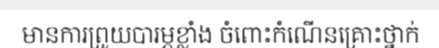
មានការព្រួយបារម្ភខ្លាំង ចំពោះកំណើនគ្រោះថ្នាក់